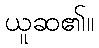
ယူဆ၏။